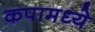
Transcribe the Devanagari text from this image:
कपामध्ये